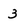
Character: 3